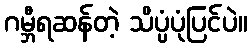
ဂမ္ဘီရဆန်တဲ့ သိပ္ပံပုံပြင်ပဲ။